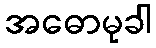
အဓောမုခါ